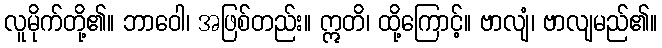
လူမိုက်တို့၏။ ဘာဝေါ၊ အဖြစ်တည်း။ ဣတိ၊ ထို့ကြောင့်။ ဗာလျံ၊ ဗာလျမည်၏။